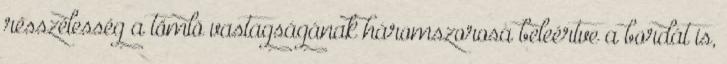
résszélesség a tömlõ vastagságának háromszorosa beleértve a bordát is,